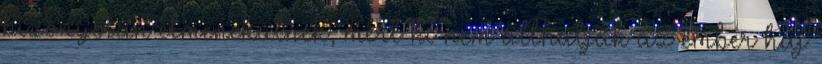
bizonyosan elmenekülnek, mert ki nem állhatják az ember haj